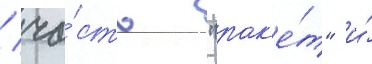
/ ча́сть "рак'е́т" и́